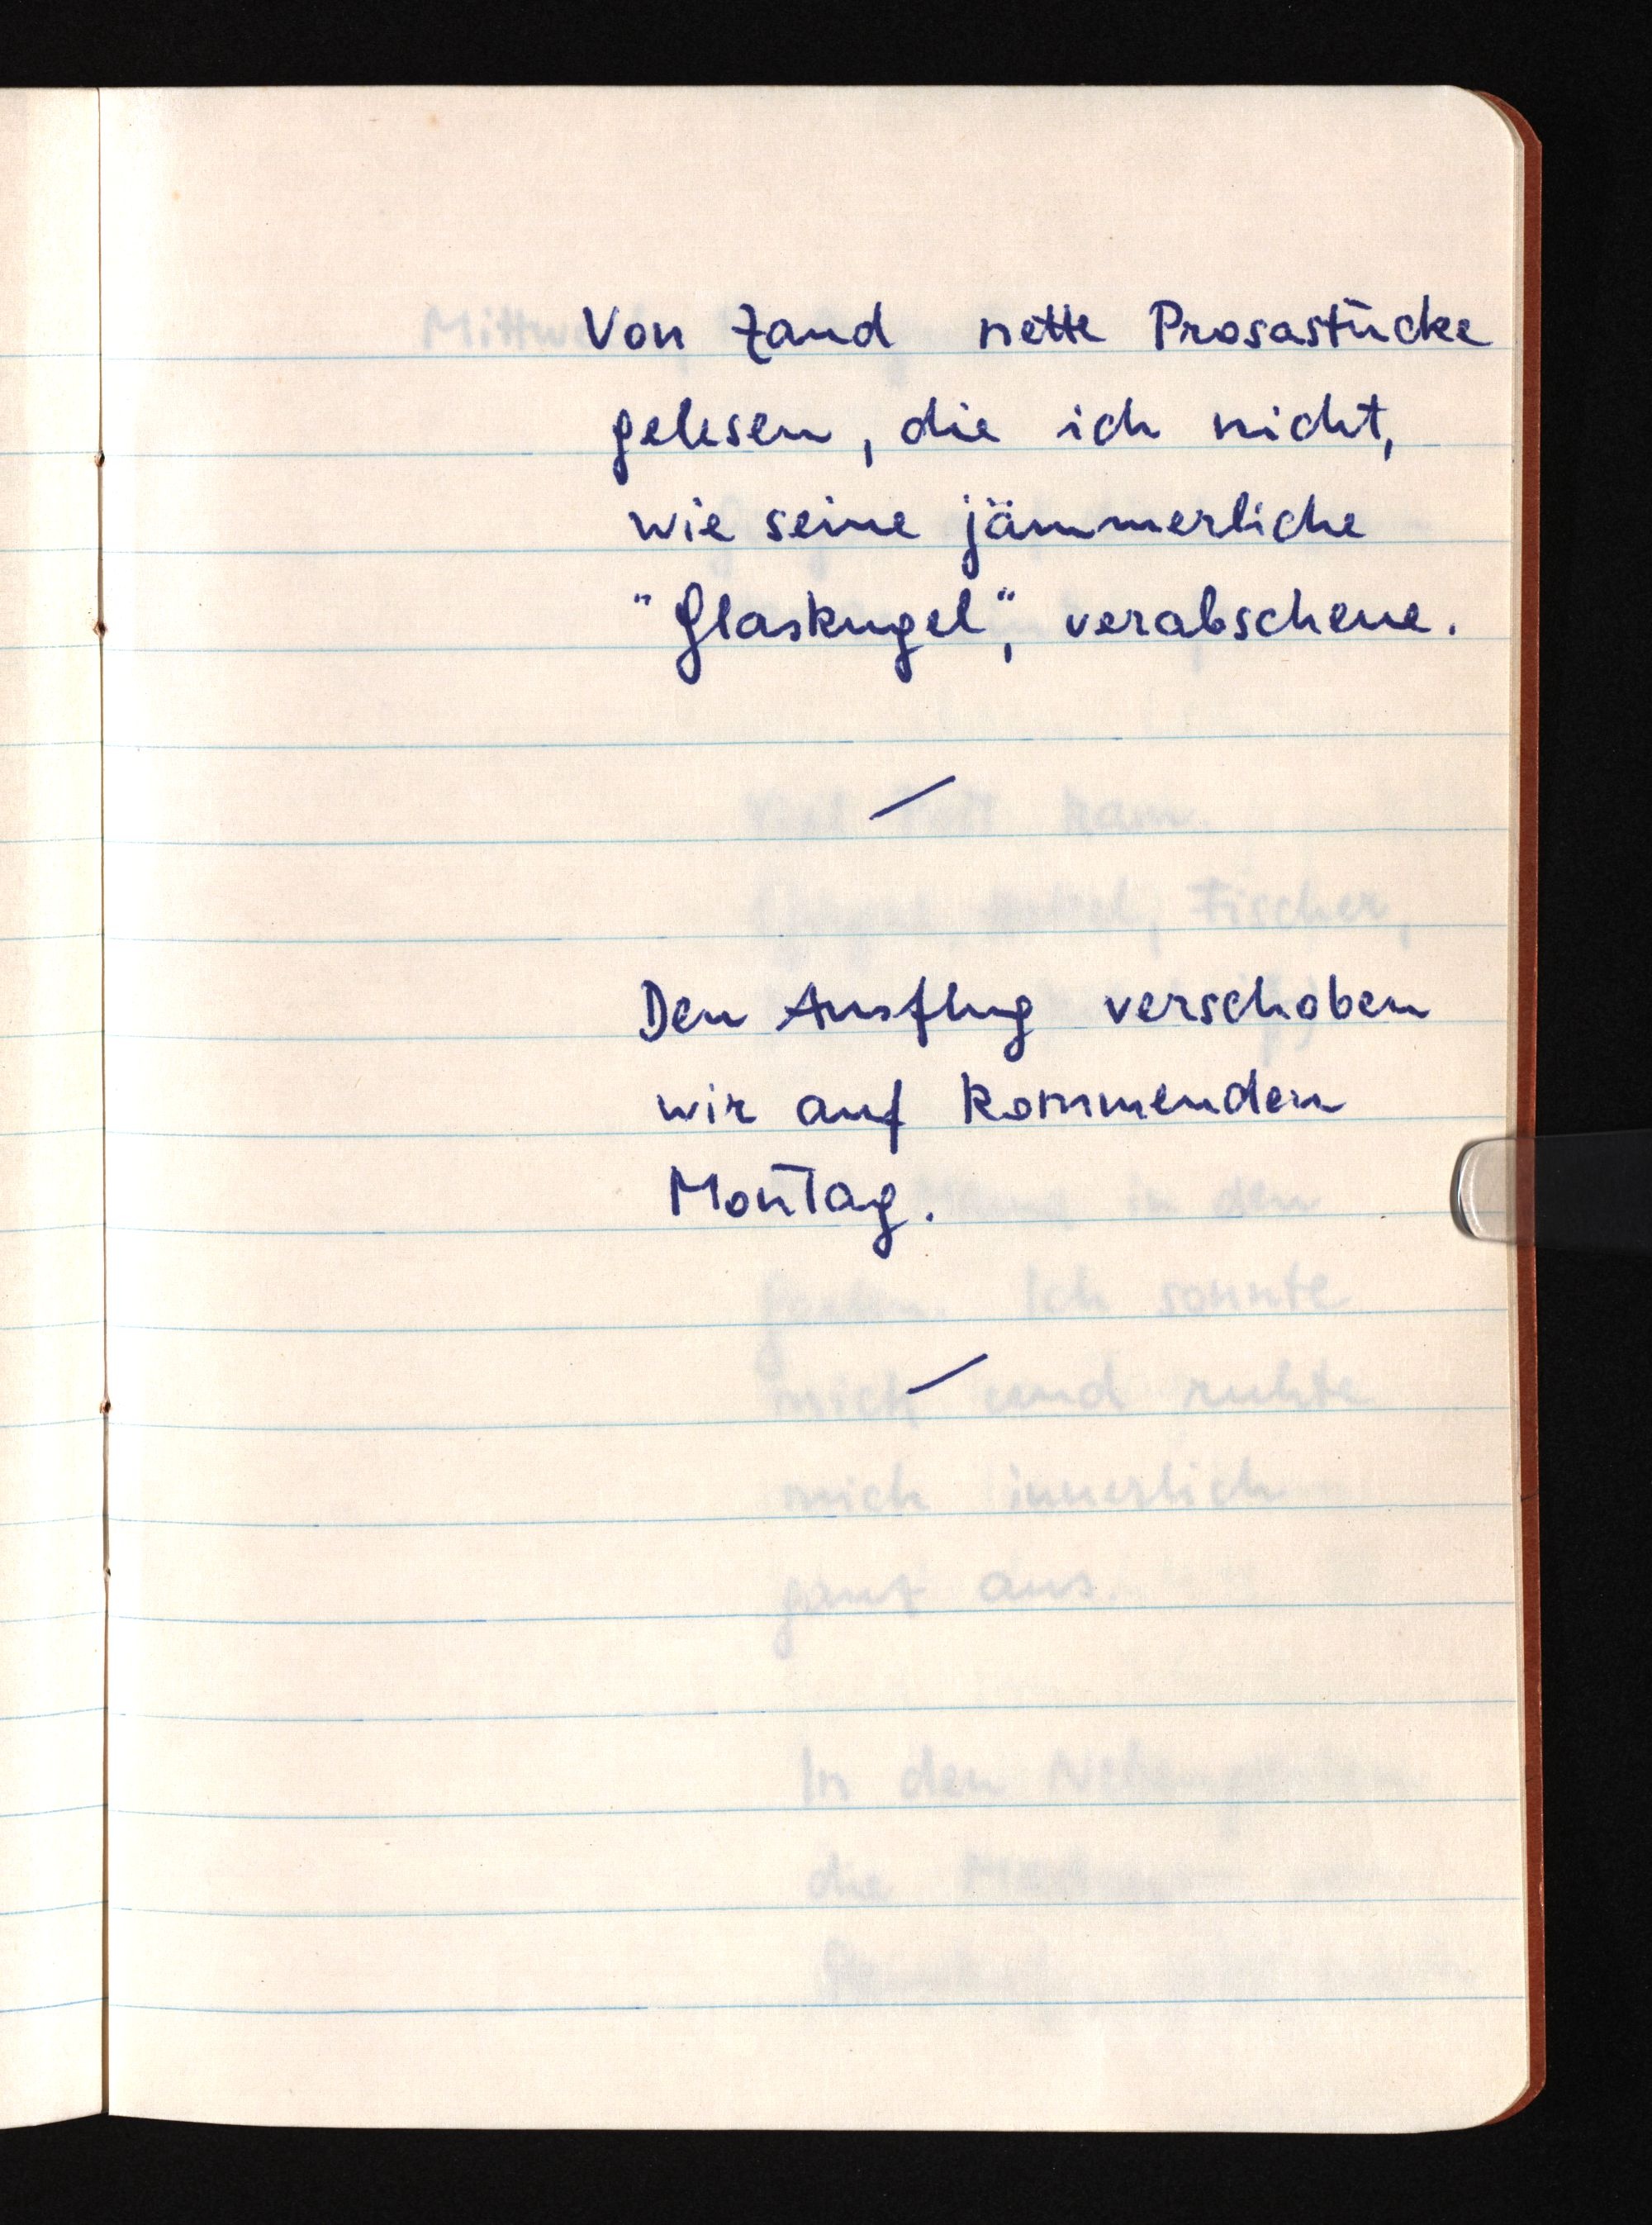
Von Zand nette Prosastücke
gelesen, die ich nicht,
wie seine jämmerliche
"Glaskugel", verabscheue.
Den Ausflug verschoben
wir auf kommenden
Montag.